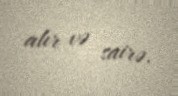
alır və sairə.